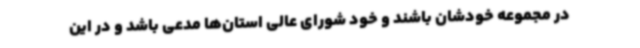
در مجموعه خودشان باشند و خود شورای عالی استان‌ها مدعی باشد و در این